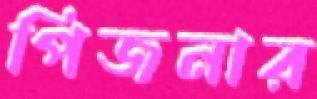
পিজনার